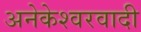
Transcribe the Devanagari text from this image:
अनेकेश्वरवादी